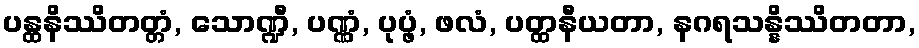
ပန္ထနိဿိတတ္တံ, သောဏ္ဍီ, ပဏ္ဏံ, ပုပ္ဖံ, ဖလံ, ပတ္ထနီယတာ, နဂရသန္နိဿိတတာ,